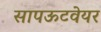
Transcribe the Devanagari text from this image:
सापऊटवेयर